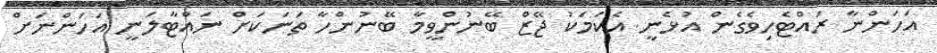
އަހަންނާ ރައްޓެހިވެގެން އުޅެނީ އެކަމަކު ޖޭޒް ބޭނުންވީމާ ބޭނުންހާ ތަނަކަށް ނައްޓާލަނީ އަހަންނަށް